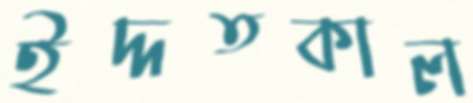
ইদ্দতকাল